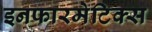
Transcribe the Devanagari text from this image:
इनफारमेटिक्स